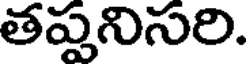
తప్పనిసరి.